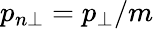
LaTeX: p_{n\perp}=p_{\perp}/m